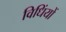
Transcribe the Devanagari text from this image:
विधिंयों